Civil Veterinary Dept. Bombay admin report 1923-31 - 1923-1931
Year: 1923
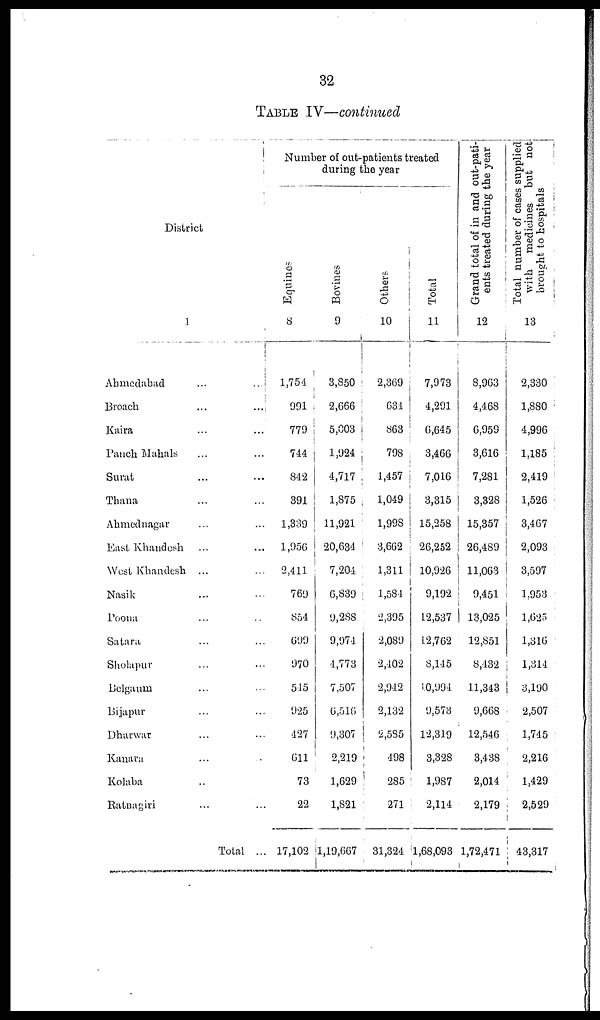
32
TABLE IV—continued
District
1
Ahmedabad
...
...
Broach
...
...
Kaira ... ...
Panch Mahals ... ...
Surat ... ...
Thana ... ...
Ahmednagar ... ...
East Khandesh ... ...
West Khandesh ... ...
Nasik ... ...
Poona ... ..
Satara ... ...
Sholapur ... ...
Belgaum ... ...
Bijapur ... ...
Dharwar ... ...
Kanara ... ..
Kolaba ..
Ratnagiri ... ...
Total ...
Number of out-patients treated
during the year
Equines
8
1,754
991
779
744
842
391
1,339
1,956
2,411
769
854
699
970
545
925
427
611
73
22
17,102
Bovines
9
3,850
2,666
5,003
1,924
4,717
1,875
11,921
20,634
7,204
6,839
9,288
9,974
4,773
7,507
6,516
9,307
2,219
1,629
1,821
1,19,667
Others
10
2,369
634
863
798
1,457
1,049
1,998
3,662
1,311
1,584
2,395
2,089
2,402
2,942
2,132
2,585
498
285
271
31,324
Total
11
7,973
4,291
6,645
3,466
7,016
3,315
15,258
26,252
10,926
9,192
12,537
12,762
8,145
10,994
9,573
12,319
3,328
1,987
2,114
1,68,093
Grand total of in and out-pati-
ents treated during the year
12
8,963
4,468
6,959
3,616
7,281
3,328
15,357
26,489
11,063
9,451
13,025
12,851
8,432
11,343
9,668
12,546
3,438
2,014
2,179
1,72,471
Total number of cases supplied
with medicines but not
brought to hospitals
13
2,330
1,880
4,996
1,185
2,419
1,526
3,467
2,093
3,597
1,953
1,625
1,316
1,314
3,190
2,507
1,745
2,216
1,429
2,529
43,317